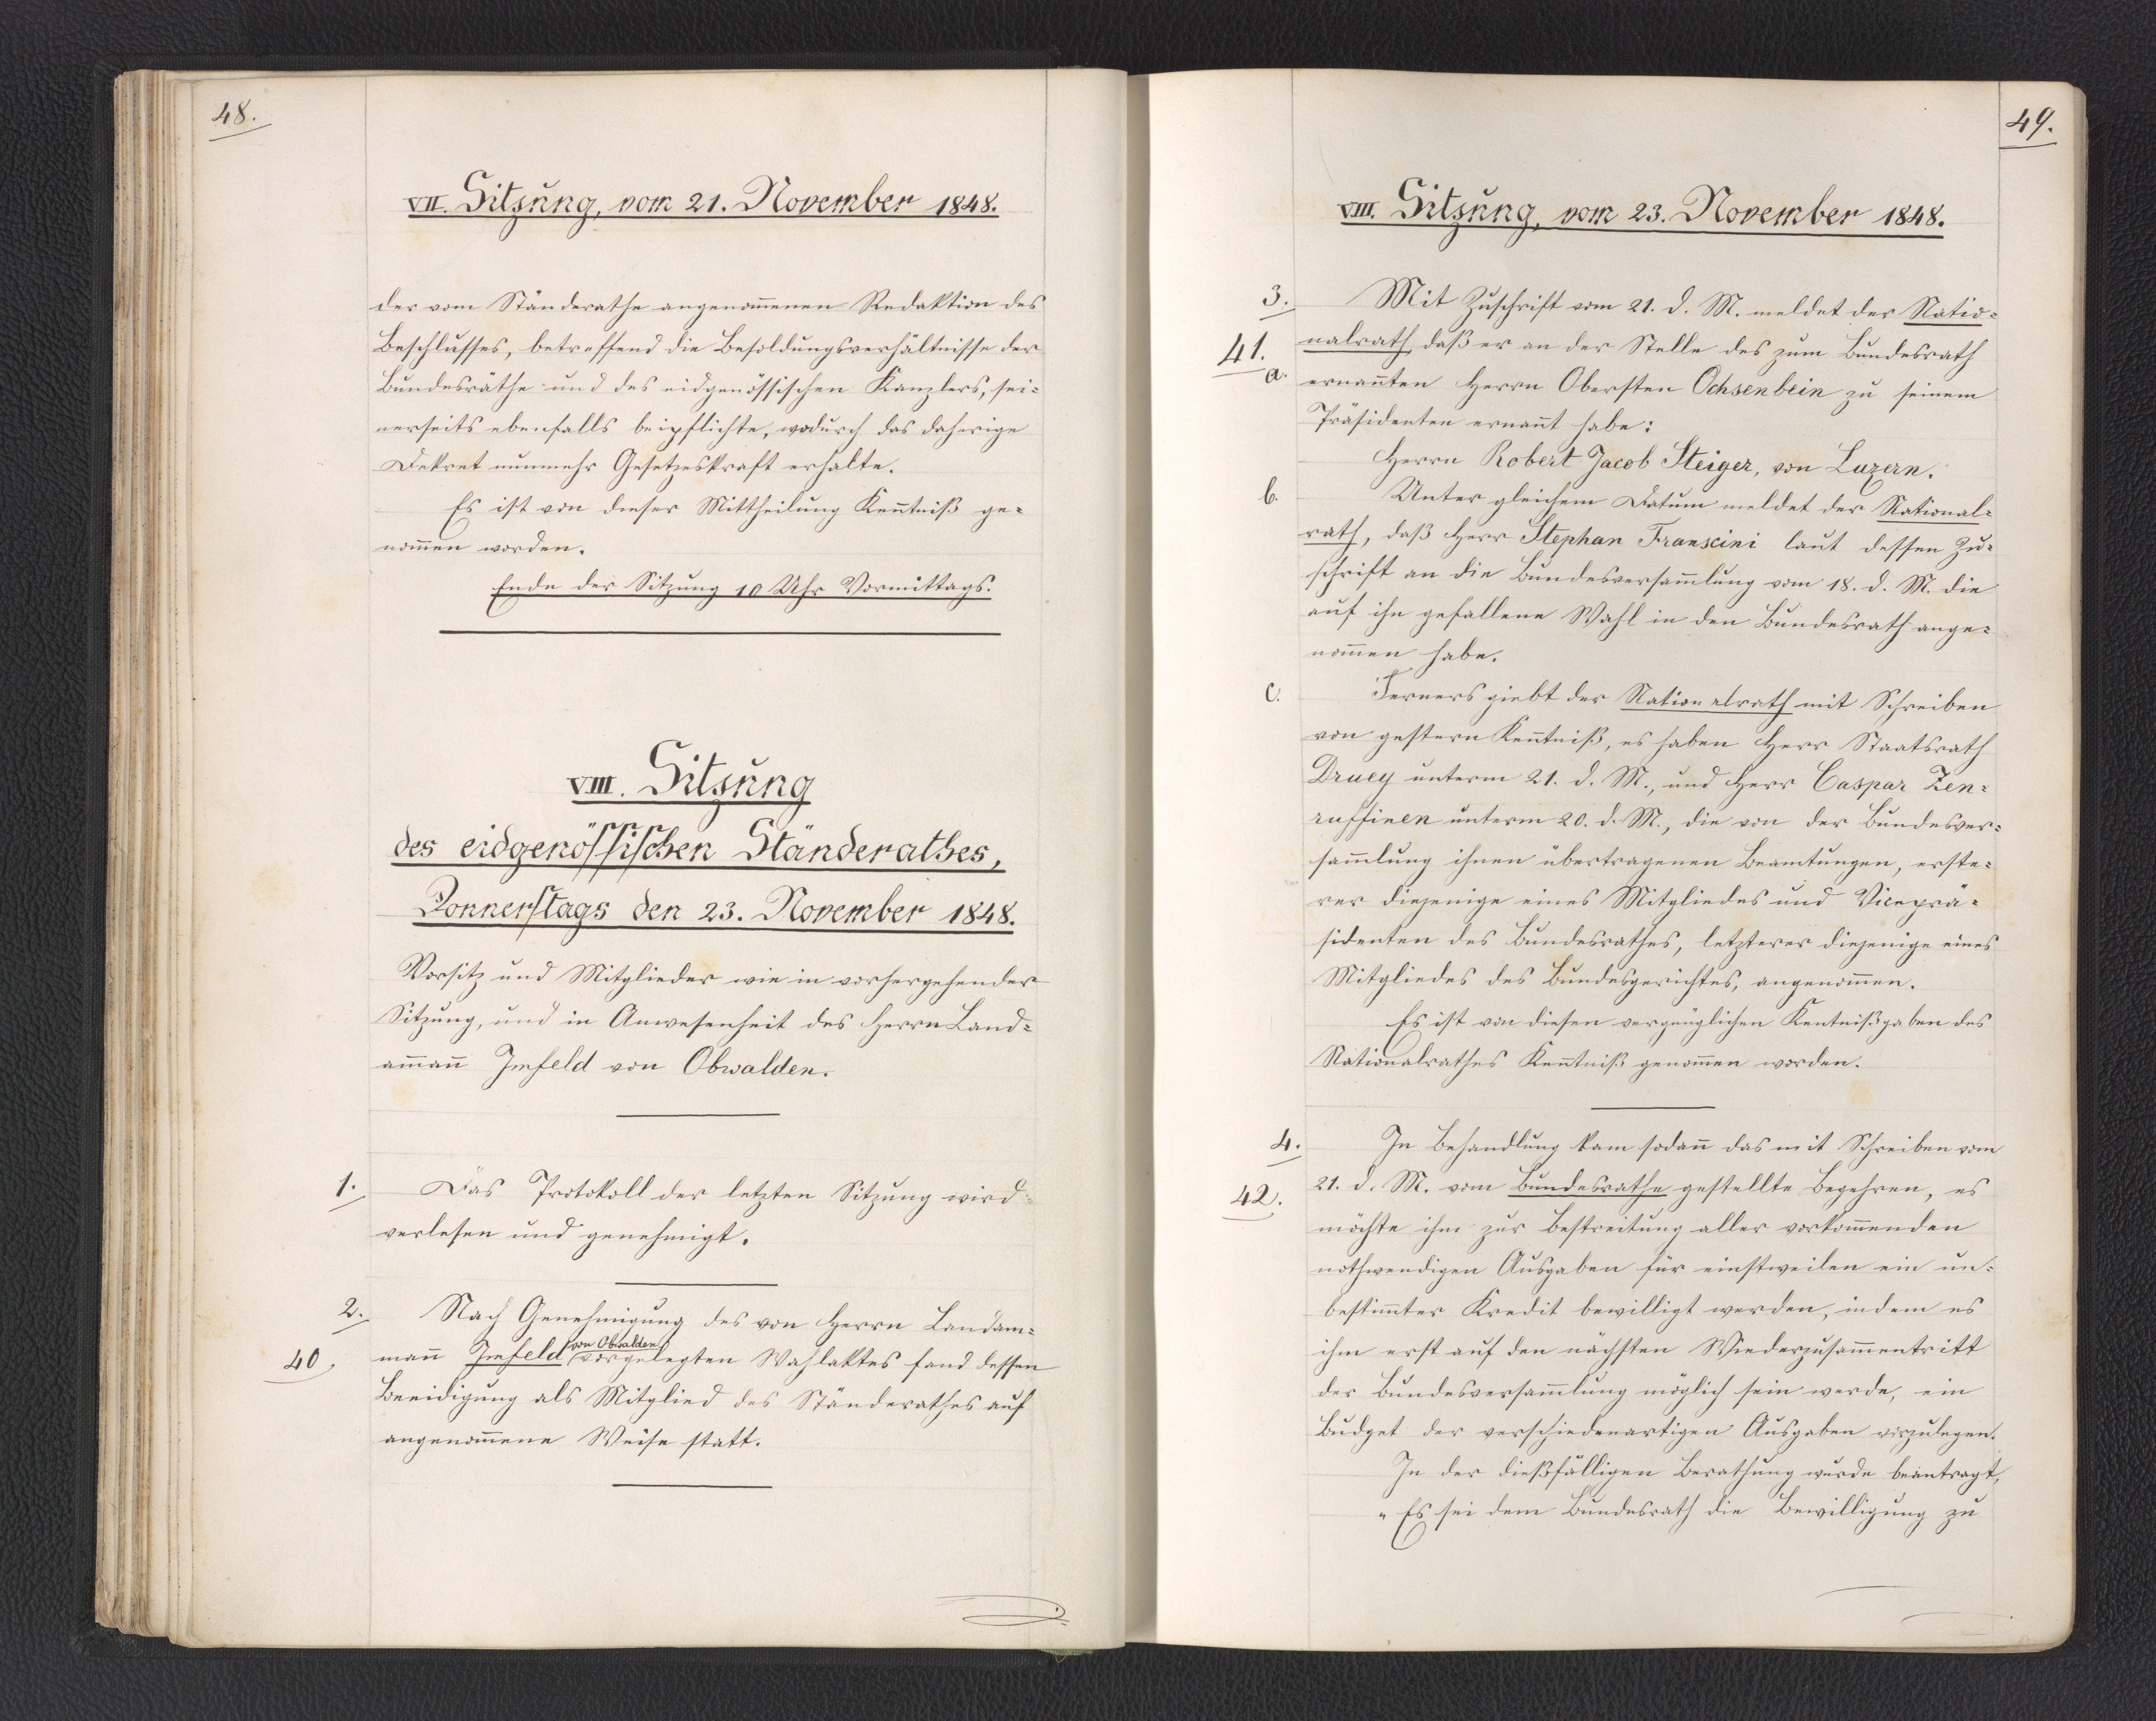
48.

VIII. Sitzung
des eidgenössischen Ständerathes,
Donnerstags den 23. November 1848.

Vorsitz und Mitglieder wie in vorhergehender
Sitzung, und in Anwesenheit des Herrn Land¬
ammann Imfeld von Obwalden.
Das Protokoll der letzten Sitzung wird
verlesen und genehmigt.
Nach Genehmigung des von Herrn Landam¬
mann Imfeld * vorgelegten Wahlaktes fand dessen
* von Obwalden
Beeidigung als Mitglied des Ständerathes auf
angenommene Weise statt.

1.

2.
40

49.

VIII. Sitzung, vom 23. November 1848.

Mit Zuschrift vom 21. d. M. meldet der Natio¬
nalrath, daß er an der Stelle des zum Bundesrath
ernannten Herrn Obersten Ochsenbein zu seinem
Präsidenten ernannt habe:
Herrn Robert Jacob Steiger, von Luzern.
Unter gleichem Datum meldet der National¬
rath, daß Herr Stephan Franscini laut dessen Zu¬
schrift an die Bundesversammlung vom 18. d. M. die
auf ihn gefallene Wahl in den Bundesrath ange¬
nommen habe.
Ferners giebt der Nationalrath mit Schreiben
von gestern Kenntniß, es haben Herr Staatsrath
Druey unterm 21. d. M., und Herr Caspar Zen¬
ruffinen unterm 20. d. M., die von der Bundesver¬
sammlung ihnen übertragenen Beamtungen, erste¬
rer diejenige eines Mitgliedes und Viceprä¬
sidenten des Bundesrathes, letzterer diejenige eines
Mitgliedes des Bundesgerichtes, angenommen.
Es ist von diesen vergänglichen Kentnißgaben des
Nationalrathes Kenntniß genommen worden.
In Behandlung kam sodann das mit Schreiben vom
21. d. M. vom Bundesrathe gestellte Begehren, es
möchte ihm zur Bestreitung aller vorkommenden
nothwendigen Ausgaben für einstweilen ein un¬
bestimmter Kredit bewilligt werden, indem es
ihm erst auf den nächsten Wiederzusammentritt
der Bundesversammlung möglich sein werde, ein
Budget der verschiedenartigen Ausgaben vorzulegen.
In der dießfälligen Berathung wurde beantragt,
"Es sei dem Bundesrath die Bewilligung zu

3.
41.
a.
b.
c.

4.
42.